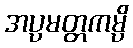
အပ္ပမတ္တကမ္ပိ